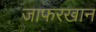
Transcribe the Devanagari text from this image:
जाफरखान